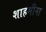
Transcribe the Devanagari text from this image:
शाहमीना